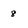
Character: 8